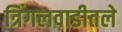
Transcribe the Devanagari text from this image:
त्रिंगलवाडीतले